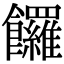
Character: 饠